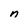
Character: n